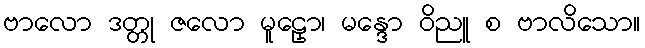
ဗာလော ဒတ္တု ဇလော မူဠှော၊ မန္ဒော ဝိညူ စ ဗာလိသော။